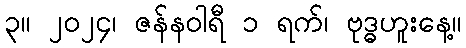
၃။ ၂၀၂၄၊ ဇန်နဝါရီ ၁ ရက်၊ ဗုဒ္ဓဟူးနေ့။